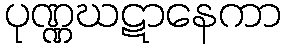
ပုဏ္ဏဃဋာနေကာ